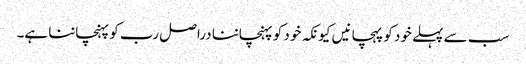
سب سے پہلے خود کو پہچانیں کیونکہ خود کو پہنچاننا دراصل رب کو پہنچاننا ہے۔